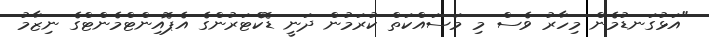
"އަޅުގަނޑުމެން މިހާރު ވެސް މި މަސައްކަތް ކުރަމުން ދަނީ ޑޮކްޓަރުންގެ އެޕޮއިންޓްމެންޓްގެ ނިޒާމު